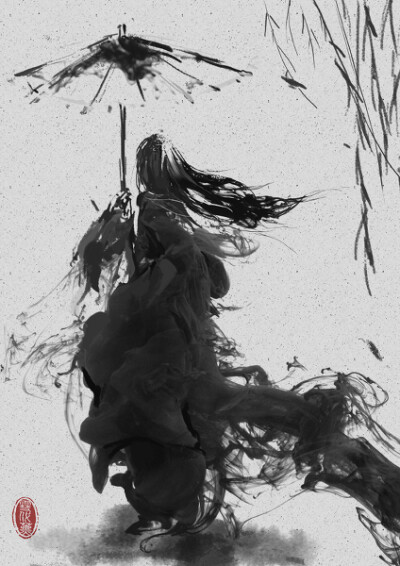
千里孤坟，无处话凄凉。